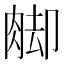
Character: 𦛶